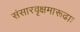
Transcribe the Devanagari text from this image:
संसारवृक्षमारूढाः